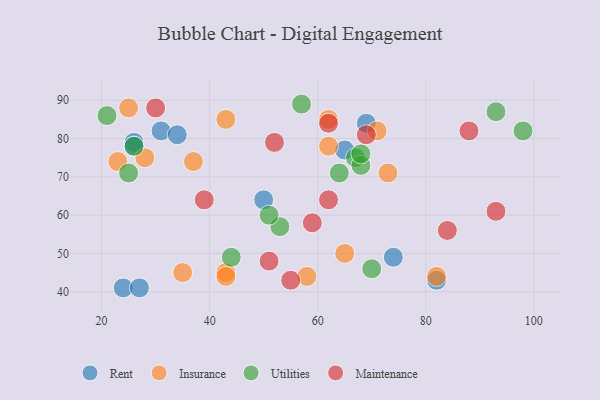
{"axis": {"x": "GDP", "y": "Life Expectancy"}, "legend": ["Insurance", "Maintenance", "Rent", "Utilities"], "data": [{"x": "26", "y": 79, "type": "Rent"}, {"x": "65", "y": 77, "type": "Rent"}, {"x": "74", "y": 49, "type": "Rent"}, {"x": "24", "y": 41, "type": "Rent"}, {"x": "27", "y": 41, "type": "Rent"}, {"x": "31", "y": 82, "type": "Rent"}, {"x": "50", "y": 64, "type": "Rent"}, {"x": "69", "y": 84, "type": "Rent"}, {"x": "82", "y": 43, "type": "Rent"}, {"x": "34", "y": 81, "type": "Rent"}, {"x": "26", "y": 78, "type": "Rent"}, {"x": "43", "y": 45, "type": "Insurance"}, {"x": "71", "y": 82, "type": "Insurance"}, {"x": "37", "y": 74, "type": "Insurance"}, {"x": "82", "y": 44, "type": "Insurance"}, {"x": "28", "y": 75, "type": "Insurance"}, {"x": "65", "y": 50, "type": "Insurance"}, {"x": "43", "y": 85, "type": "Insurance"}, {"x": "23", "y": 74, "type": "Insurance"}, {"x": "35", "y": 45, "type": "Insurance"}, {"x": "25", "y": 88, "type": "Insurance"}, {"x": "62", "y": 78, "type": "Insurance"}, {"x": "73", "y": 71, "type": "Insurance"}, {"x": "58", "y": 44, "type": "Insurance"}, {"x": "43", "y": 44, "type": "Insurance"}, {"x": "62", "y": 85, "type": "Insurance"}, {"x": "21", "y": 86, "type": "Utilities"}, {"x": "67", "y": 75, "type": "Utilities"}, {"x": "44", "y": 49, "type": "Utilities"}, {"x": "64", "y": 71, "type": "Utilities"}, {"x": "53", "y": 57, "type": "Utilities"}, {"x": "93", "y": 87, "type": "Utilities"}, {"x": "70", "y": 46, "type": "Utilities"}, {"x": "51", "y": 60, "type": "Utilities"}, {"x": "68", "y": 73, "type": "Utilities"}, {"x": "57", "y": 89, "type": "Utilities"}, {"x": "98", "y": 82, "type": "Utilities"}, {"x": "26", "y": 78, "type": "Utilities"}, {"x": "25", "y": 71, "type": "Utilities"}, {"x": "68", "y": 76, "type": "Utilities"}, {"x": "30", "y": 88, "type": "Maintenance"}, {"x": "59", "y": 58, "type": "Maintenance"}, {"x": "51", "y": 48, "type": "Maintenance"}, {"x": "55", "y": 43, "type": "Maintenance"}, {"x": "62", "y": 84, "type": "Maintenance"}, {"x": "52", "y": 79, "type": "Maintenance"}, {"x": "39", "y": 64, "type": "Maintenance"}, {"x": "69", "y": 81, "type": "Maintenance"}, {"x": "62", "y": 64, "type": "Maintenance"}, {"x": "93", "y": 61, "type": "Maintenance"}, {"x": "84", "y": 56, "type": "Maintenance"}, {"x": "88", "y": 82, "type": "Maintenance"}]}